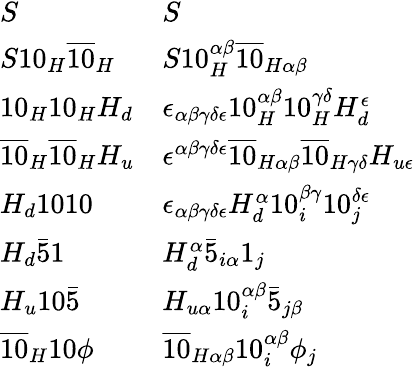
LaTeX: {\begin{array}{ll}{S}&{S}\\ {S10_{H}{\overline{{10}}}_{H}}&{S10_{H}^{\alpha\beta}{\overline{{10}}}_{H\alpha\beta}}\\ {10_{H}10_{H}H_{d}}&{\epsilon_{\alpha\beta\gamma\delta\epsilon}10_{H}^{\alpha\beta}10_{H}^{\gamma\delta}H_{d}^{\epsilon}}\\ {{\overline{{10}}}_{H}{\overline{{10}}}_{H}H_{u}}&{\epsilon^{\alpha\beta\gamma\delta\epsilon}{\overline{{10}}}_{H\alpha\beta}{\overline{{10}}}_{H\gamma\delta}H_{u\epsilon}}\\ {H_{d}1010}&{\epsilon_{\alpha\beta\gamma\delta\epsilon}H_{d}^{\alpha}10_{i}^{\beta\gamma}10_{j}^{\delta\epsilon}}\\ {H_{d}{\bar{5}}1}&{H_{d}^{\alpha}{\bar{5}}_{i\alpha}1_{j}}\\ {H_{u}10{\bar{5}}}&{H_{u\alpha}10_{i}^{\alpha\beta}{\bar{5}}_{j\beta}}\\ {{\overline{{10}}}_{H}10\phi}&{{\overline{{10}}}_{H\alpha\beta}10_{i}^{\alpha\beta}\phi_{j}}\end{array}}